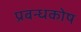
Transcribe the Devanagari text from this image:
प्रबन्धकोष